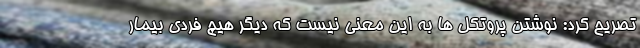
تصریح کرد: نوشتن پروتکل ها به این معنی نیست که دیگر هیچ فردی بیمار